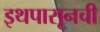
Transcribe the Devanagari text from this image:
इथपासूनची